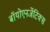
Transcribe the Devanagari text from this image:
बॉयोएनर्जेटिक्स